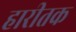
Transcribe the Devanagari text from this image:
हारीतक